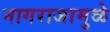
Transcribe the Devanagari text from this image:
नागराजामुळे